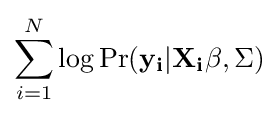
\sum _{i=1}^{N}\log \Pr(\mathbf {y_{i}} |\mathbf {X_{i}\beta } ,\Sigma )